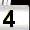
Digit: 4